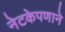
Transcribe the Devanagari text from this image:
नेटकेपणाने